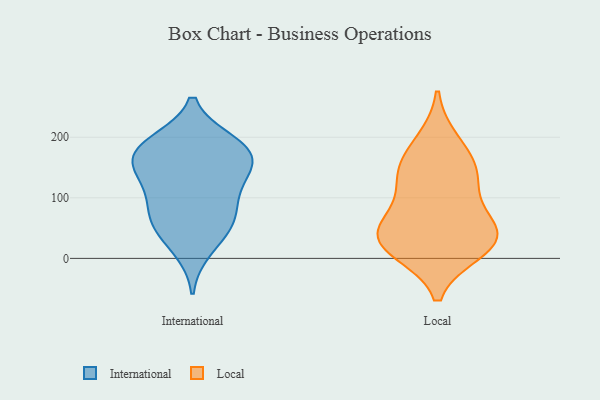
{"axis": {"x": "Latency (ms)", "y": "Value"}, "legend": ["International", "Local"], "data": [{"x": "", "y": 49, "type": "International"}, {"x": "", "y": 133, "type": "International"}, {"x": "", "y": 65, "type": "International"}, {"x": "", "y": 189, "type": "International"}, {"x": "", "y": 182, "type": "International"}, {"x": "", "y": 142, "type": "International"}, {"x": "", "y": 15, "type": "International"}, {"x": "", "y": 192, "type": "International"}, {"x": "", "y": 150, "type": "International"}, {"x": "", "y": 174, "type": "International"}, {"x": "", "y": 89, "type": "International"}, {"x": "", "y": 57, "type": "International"}, {"x": "", "y": 166, "type": "International"}, {"x": "", "y": 101, "type": "International"}, {"x": "", "y": 128, "type": "Local"}, {"x": "", "y": 154, "type": "Local"}, {"x": "", "y": 191, "type": "Local"}, {"x": "", "y": 29, "type": "Local"}, {"x": "", "y": 71, "type": "Local"}, {"x": "", "y": 31, "type": "Local"}, {"x": "", "y": 39, "type": "Local"}, {"x": "", "y": 135, "type": "Local"}, {"x": "", "y": 37, "type": "Local"}, {"x": "", "y": 15, "type": "Local"}]}